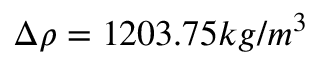
\Delta \rho = 1 2 0 3 . 7 5 k g / m ^ { 3 }